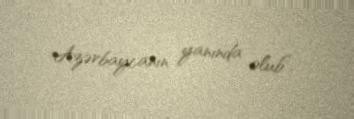
Azərbaycanın yanında olub”.